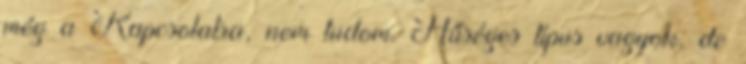
még a Kapcsolatra, nem tudom. Hűséges típus vagyok, de